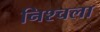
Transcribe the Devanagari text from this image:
निश्चला